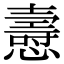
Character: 㦞